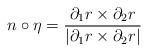
LaTeX: \begin{align*}n \circ \eta = \frac{\partial_1 r \times \partial_2 r}{|\partial_1 r \times \partial_2 r|}\end{align*}